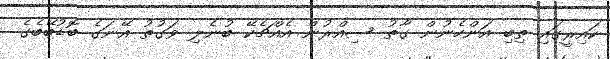
ކައިރީގައި ތިބި އަންހެނުން ގާތު ސިއްރުން އެއްޗެކޭ ބުނެލި ވަގުތު އޭނަގެ ބޮޑުބޭބެގެ